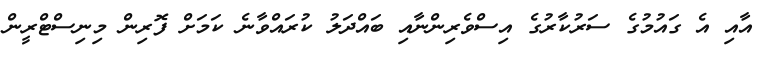
އާއި އެ ގައުމުގެ ސަރުކާރުގެ އިސްވެރިންނާއި ބައްދަލު ކުރައްވާނެ ކަމަށް ފޮރިން މިނިސްޓްރީން